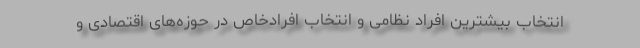
انتخاب بیشترین افراد نظامی و انتخاب افرادخاص در حوزه‌های اقتصادی و